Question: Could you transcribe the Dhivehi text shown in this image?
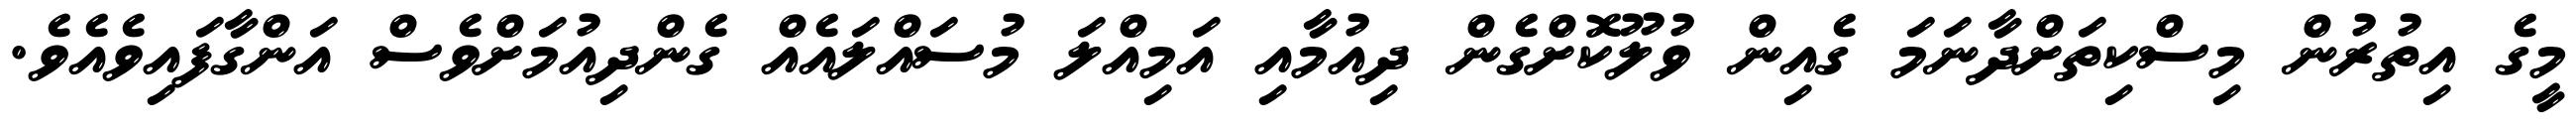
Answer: މީގެ އިތުރުން މިސްކިތަށްދާނަމަ ގެއިން ވުލޫކޮށްގެން ދިއުމާއި އަމިއްލަ މުސައްލައެއް ގެންދިއުމަށްވެސް އަންގާފައިވެއެވެ.